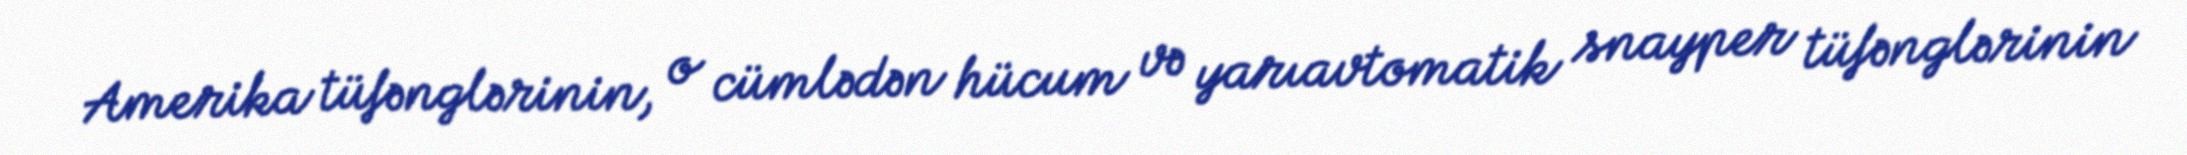
Amerika tüfənglərinin, o cümlədən hücum və yarıavtomatik snayper tüfənglərinin